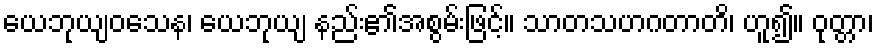
ယေဘုယျဝသေန၊ ယေဘုယျ နည်း၏အစွမ်းဖြင့်။ သာတသဟဂတာတိ၊ ဟူ၍။ ဝုတ္တာ၊